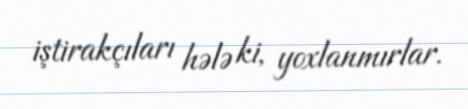
iştirakçıları hələ ki, yoxlanmırlar.